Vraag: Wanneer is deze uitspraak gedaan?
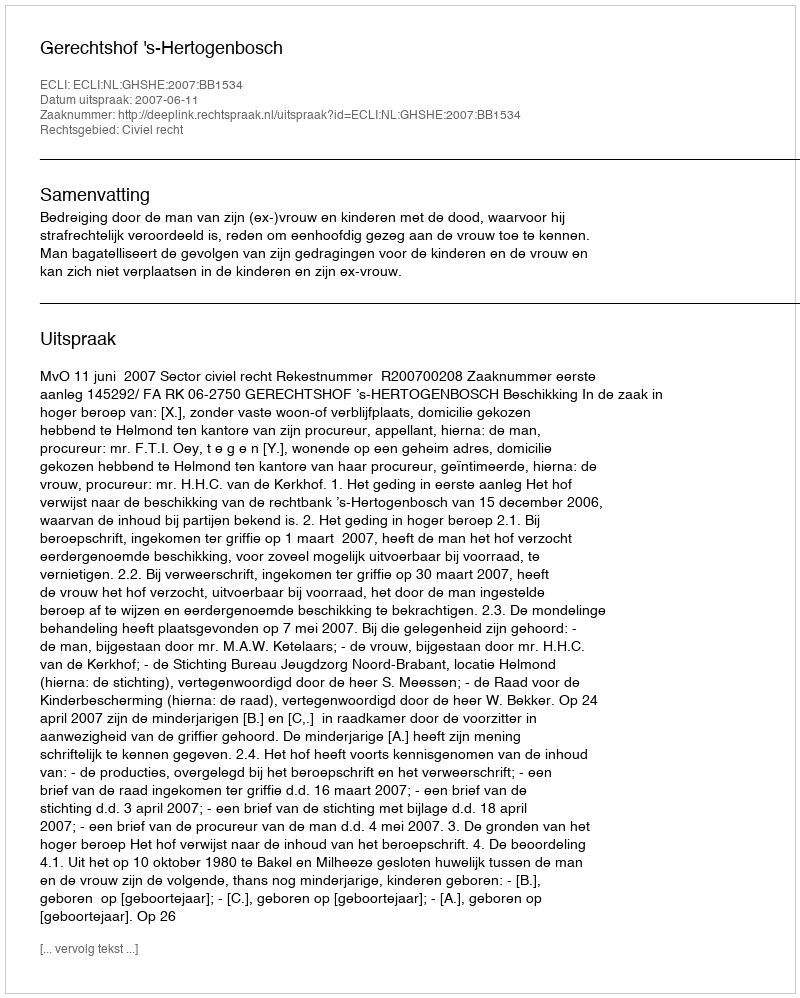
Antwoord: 2007-06-11